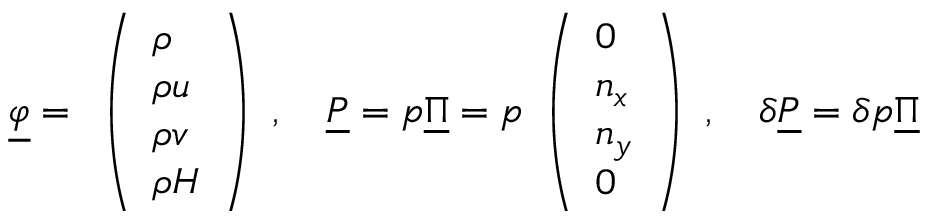
\underline { { \varphi } } = \begin{array} { l } { \left( \begin{array} { l } { \rho } \\ { \rho u } \\ { \rho v } \\ { \rho H } \end{array} \right) } \end{array} , \quad \underline { { P } } = p \underline { { \Pi } } = p \begin{array} { l } { \left( \begin{array} { l } { 0 } \\ { n _ { x } } \\ { n _ { y } } \\ { 0 } \end{array} \right) } \end{array} , \quad \delta \underline { { P } } = \delta p \underline { { \Pi } }